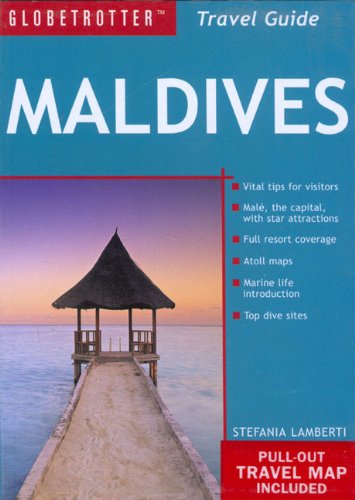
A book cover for Maldives Travel Pack (Globetrotter Travel Packs); Stefania Lamberti; Travel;